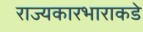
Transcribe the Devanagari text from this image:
राज्यकारभाराकडे